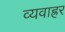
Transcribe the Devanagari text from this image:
व्यवाह्रर